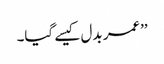
’’عمر بدل کیسے گیا۔